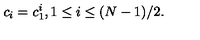
c _ { i } = c _ { 1 } ^ { i } , 1 \leq i \leq ( N - 1 ) / 2 .